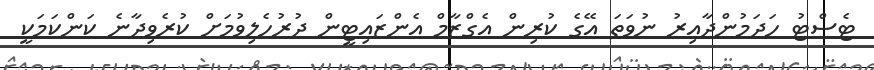
ޓެސްޓު ހަދަމުންދާއިރު ނުވަތަ އޭގެ ކުރިން އެގްޒާމް އެންޒައިޓީން ދުރުހެލިވުމަށް ކުރެވިދާނެ ކަންކަމަކީ